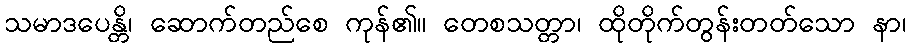
သမာဒပေန္တိ၊ ဆောက်တည်စေ ကုန်၏။ တေစသတ္တာ၊ ထိုတိုက်တွန်းတတ်သော နာ၊